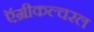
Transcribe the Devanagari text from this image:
ऍग्रीकल्चरल